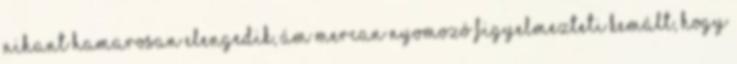
Nihant hamarosan elengedik, ám Mercan nyomozó figyelmezteti Kemált, hogy